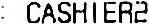
: CASHIER2